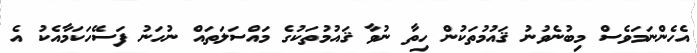
އެހެންނަމަވެސް މިބުނެވުނު ޤައުމުތަކުން ހިތާ ނުވާ ޤައުމުތަކުގެ މައްސަލަތައް ނުހަނު ފަސޭހަކަމާއެކު އެ